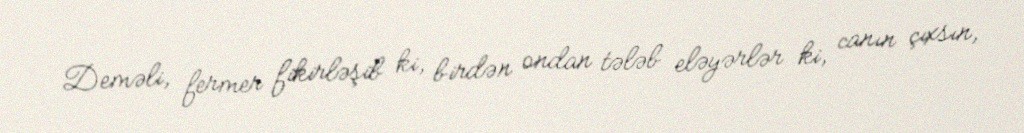
Deməli, fermer fikirləşib ki, birdən ondan tələb eləyərlər ki, canın çıxsın,